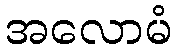
အလောမံ